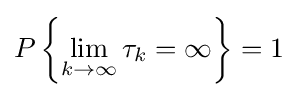
P\left\{\lim _{k\to \infty }\tau _{k}=\infty \right\}=1